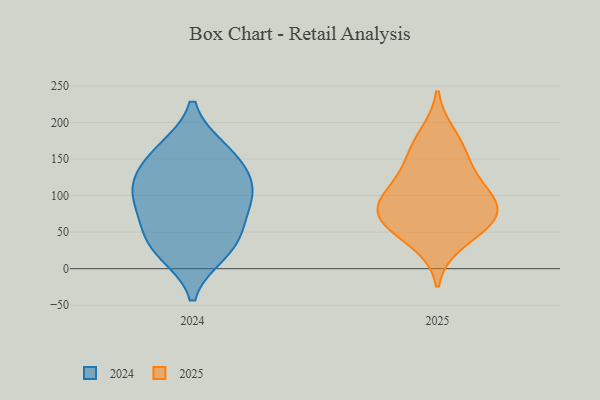
{"axis": {"x": "Inventory Turnover", "y": "Value"}, "legend": ["2024", "2025"], "data": [{"x": "", "y": 67, "type": "2025"}, {"x": "", "y": 74, "type": "2025"}, {"x": "", "y": 93, "type": "2025"}, {"x": "", "y": 158, "type": "2025"}, {"x": "", "y": 183, "type": "2025"}, {"x": "", "y": 106, "type": "2025"}, {"x": "", "y": 60, "type": "2025"}, {"x": "", "y": 107, "type": "2025"}, {"x": "", "y": 141, "type": "2025"}, {"x": "", "y": 73, "type": "2025"}, {"x": "", "y": 35, "type": "2025"}, {"x": "", "y": 39, "type": "2024"}, {"x": "", "y": 116, "type": "2024"}, {"x": "", "y": 69, "type": "2024"}, {"x": "", "y": 22, "type": "2024"}, {"x": "", "y": 161, "type": "2024"}, {"x": "", "y": 108, "type": "2024"}, {"x": "", "y": 105, "type": "2024"}, {"x": "", "y": 163, "type": "2024"}, {"x": "", "y": 135, "type": "2024"}, {"x": "", "y": 80, "type": "2024"}, {"x": "", "y": 30, "type": "2024"}]}